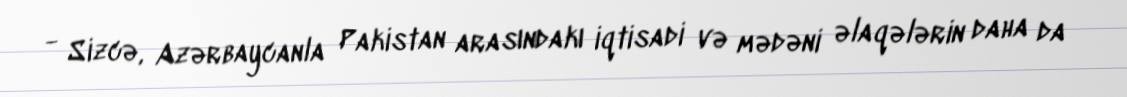
- Sizcə, Azərbaycanla Pakistan arasındakı iqtisadi və mədəni əlaqələrin daha da